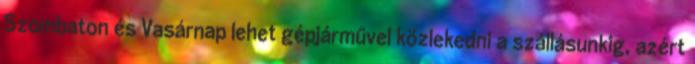
Szombaton és Vasárnap lehet gépjárművel közlekedni a szállásunkig, azért